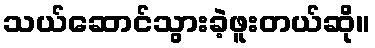
သယ်ဆောင်သွားခဲ့ဖူးတယ်ဆို။